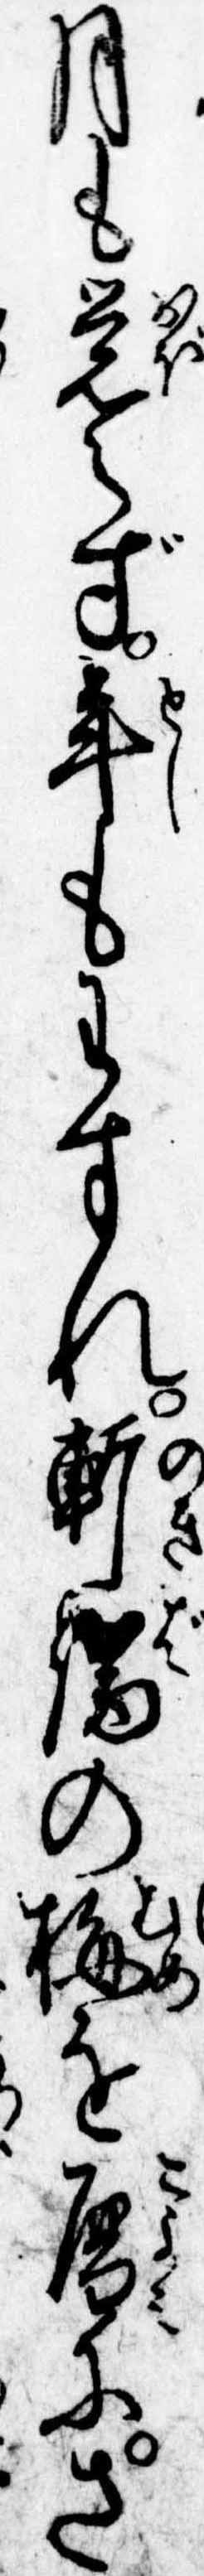
月も覚えず年もわすれ軒端の梅を暦にさ